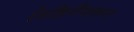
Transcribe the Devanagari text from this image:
विहिरीवरून